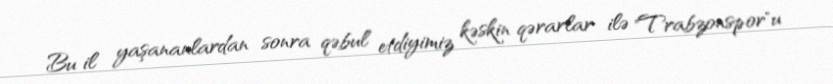
Bu il yaşananlardan sonra qəbul etdiyimiz kəskin qərarlar ilə "Trabzonspor"u